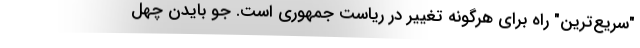
"سریع‌ترین" راه برای هرگونه تغییر در ریاست جمهوری است. جو بایدن چهل